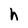
Character: h